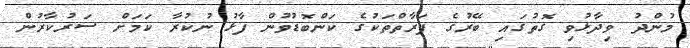
މުންދު ވިދާޅުވި ގޮތުގައި ބޭރުގެ ފަރާތްތަކުގެ ކަންބޮޑުވުން ފާޅު ނުކުރާ ކަމަށް ސަރުކާރުން